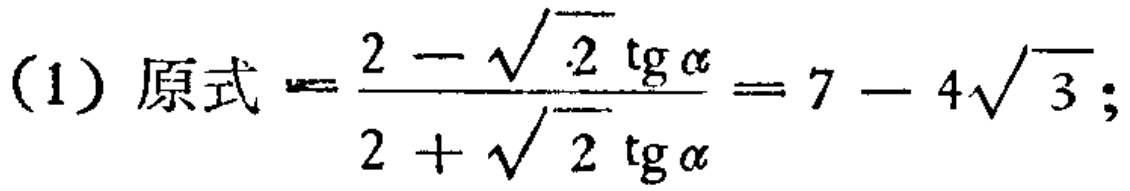
(1) 原式$=\frac{2 - \sqrt{2}\operatorname{tg}\alpha}{2 + \sqrt{2}\operatorname{tg}\alpha}=7 - 4\sqrt{3};$